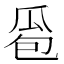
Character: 𰢜